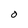
Character: 0